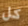
كل